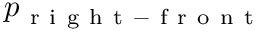
p _ { \mathrm { ~ r ~ i ~ g ~ h ~ t ~ - ~ f ~ r ~ o ~ n ~ t ~ } }